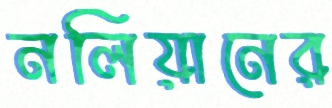
নলিয়ানের